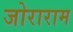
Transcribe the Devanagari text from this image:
जोराराम